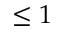
\leq 1